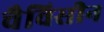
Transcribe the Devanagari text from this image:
चैविसीन